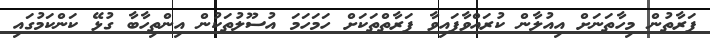
ފަރާތުން މިހާތަނަށް އިއުލާން ކުރައްވާފައިވާ ފަރާތްތަކަށް ހަމަހަމަ އުސޫލުތަކުން އިންތިހާބާ ގުޅޭ ކަންކަމުގައި